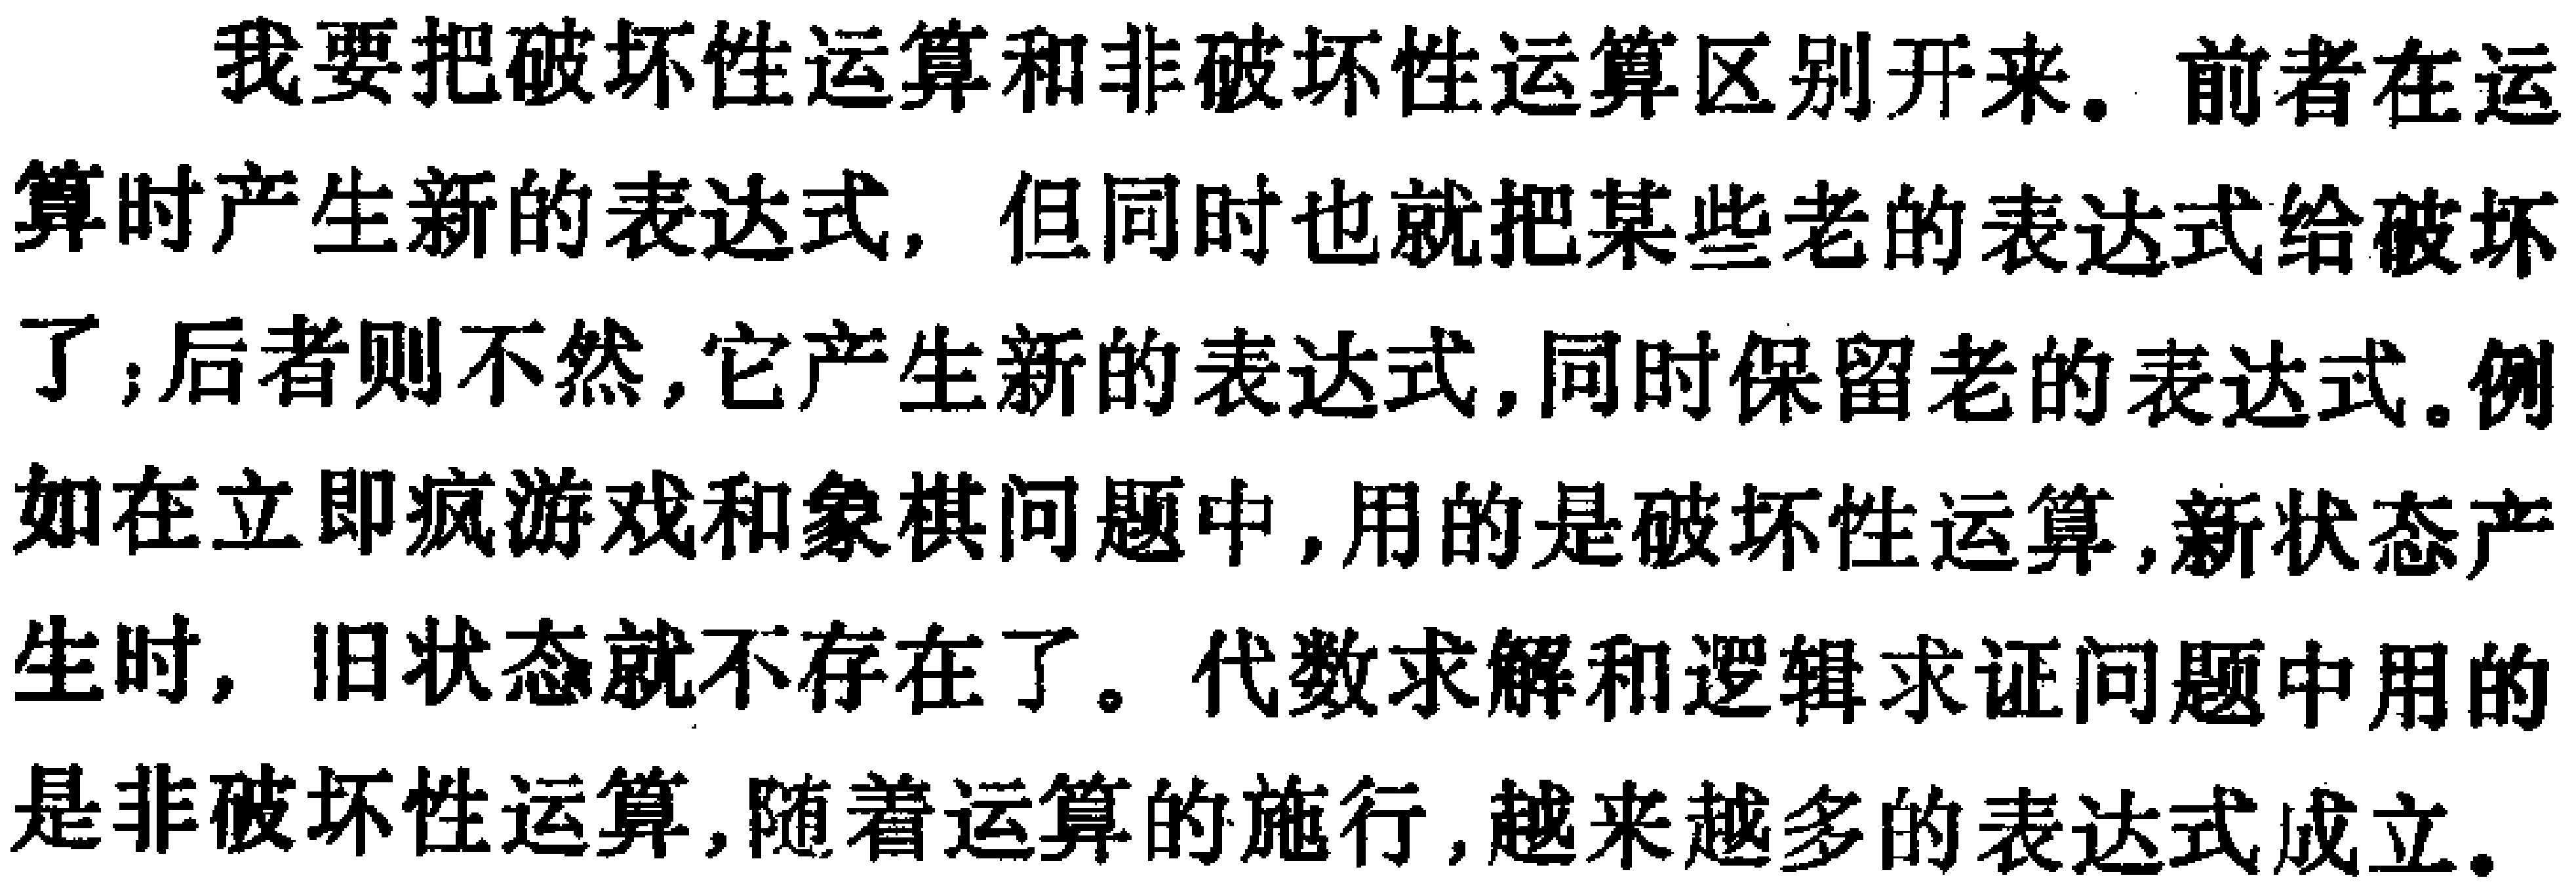
我要把破坏性运算和非破坏性运算区别开来。前者在运算时产生新的表达式，但同时也就把某些老的表达式给破坏了;后者则不然,它产生新的表达式,同时保留老的表达式。例如在立即疯游戏和象棋问题中,用的是破坏性运算,新状态产生时, 旧状态就不存在了。代数求解和逻辑求证问题中用的是非破坏性运算,随着运算的施行,越来越多的表达式成立。